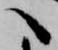
へ